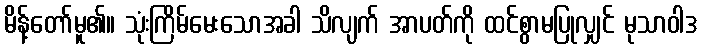
မိန့်တော်မူ၏။ သုံးကြိမ်မေးသောအခါ သိလျက် အာပတ်ကို ထင်စွာမပြုလျှင် မုသာဝါဒ